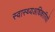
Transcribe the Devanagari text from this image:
स्वास्थ्यअधिकारियों